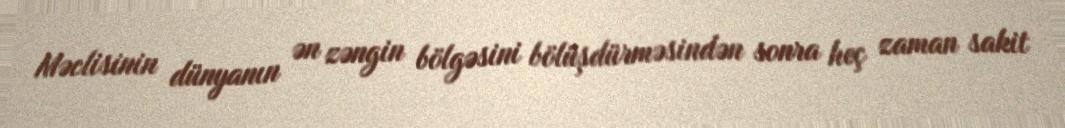
Məclisinin dünyanın ən zəngin bölgəsini bölüşdürməsindən sonra heç zaman sakit